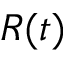
R ( t )